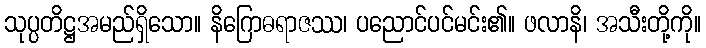
သုပ္ပတိဋ္ဌအမည်ရှိသော။ နိဂြောဓရာဇဿ၊ ပညောင်ပင်မင်း၏။ ဖလာနိ၊ အသီးတို့ကို။